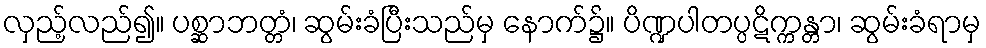
လှည့်လည်၍။ ပစ္ဆာဘတ္တံ၊ ဆွမ်းခံပြီးသည်မှ နောက်၌။ ပိဏ္ဍပါတပ္ပဋိက္ကန္တာ၊ ဆွမ်းခံရာမှ